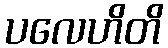
ပလေဟိတိ